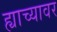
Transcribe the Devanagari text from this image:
ह्याच्यावर